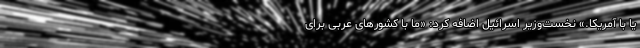
یا با آمریکا.» نخست‌وزیر اسرائیل اضافه کرد: «ما با کشورهای عربی برای